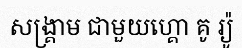
សង្គ្រាម ជាមួយហ្គោ គូ រ្យ៉ូ